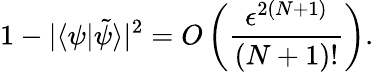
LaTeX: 1-|\langle\psi|\tilde{\psi}\rangle|^{2}=O\left(\frac{\epsilon^{2(N+1)}}{{(N+1)!}}\right).